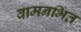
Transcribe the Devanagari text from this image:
वामनभिंत